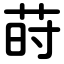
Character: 莳